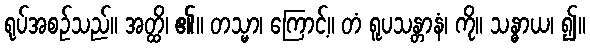
ရုပ်အစဉ်သည်။ အတ္ထိ၊ ၏။ တသ္မာ၊ ကြောင့်။ တံ ရူပသန္တာနံ၊ ကို။ သန္ဓာယ၊ ၍။